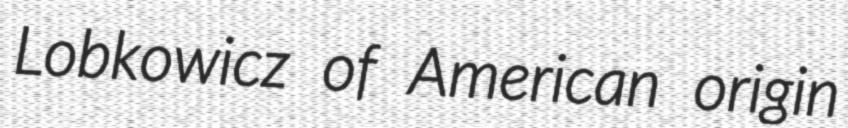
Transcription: Lobkowicz of American origin